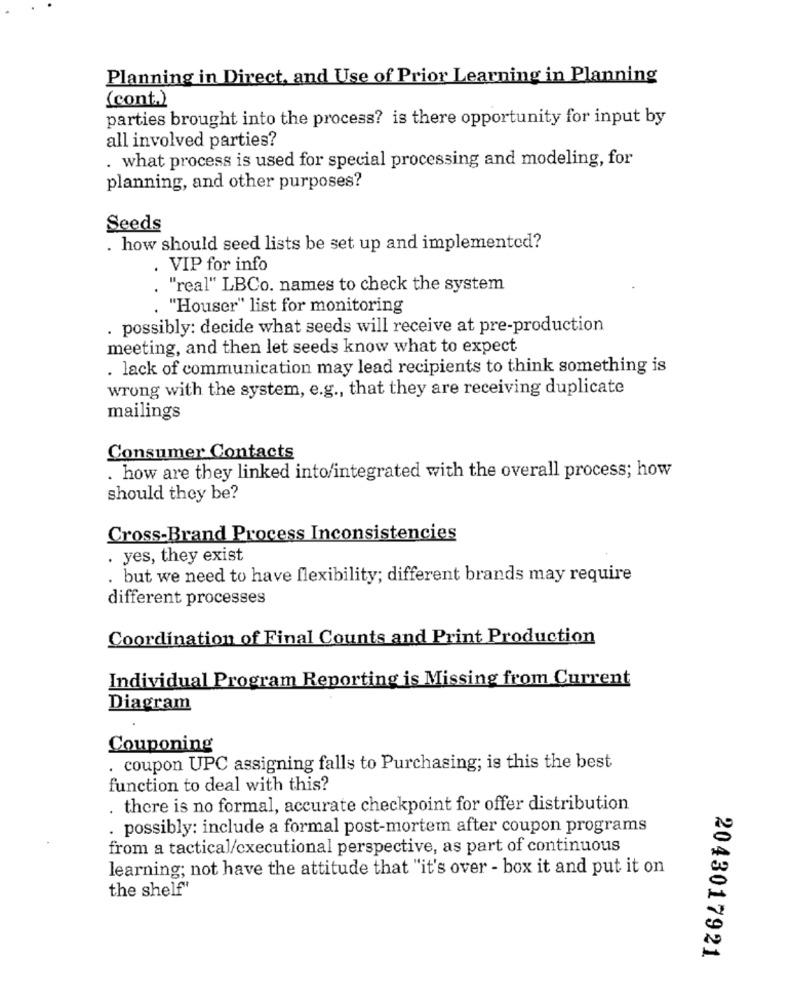
Planning in Direct, and Use of Prior Learning in Planning
(cont.)
parties brought into the process? is there opportunity for input by
all involved parties?
. what process is used for special processing and modeling, for
planning, and other purposes?
Seeds
. how should seed lists be set up and implemented?
. VIP for info
. "real" LBCo. names to check the system
, "Houser" list for monitoring
. possibly: decide what seeds will receive at pre-production
meeting, and then let seeds know what to expect
. lack of communication may lead recipients to think something is
wrong with the system, e.g ., that they are receiving duplicate
mailings
Consumer Contacts
. how are they linked into/integrated with the overall process; how
should they be?
Cross-Brand Process Inconsistencies
. yes, they exist
. but we need to have flexibility; different brands may require
different processes
Coordination of Final Counts and Print Production
Individual Program Reporting is Missing from Current
Diagram
Couponing
coupon UPC assigning falls to Purchasing; is this the best
function to deal with this?
. there is no formal, accurate checkpoint for offer distribution
. possibly: include a formal post-mortem after coupon programs
from a tactical/cxecutional perspective, as part of continuous
learning; not have the attitude that "it's over - box it and put it on
the shelf"
2043017921